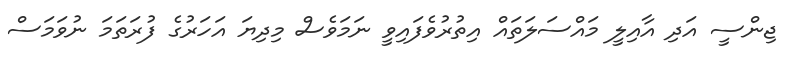
ޖިންސީ އަދި އާއިލީ މައްސަލަތައް އިތުރުވެފައިވީ ނަމަވެސް މިދިޔަ އަހަރުގެ ފުރަތަމަ ނުވަމަސް